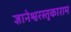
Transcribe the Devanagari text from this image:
ज्ञानेश्वरस्तुकाराम